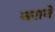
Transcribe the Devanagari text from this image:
नराने